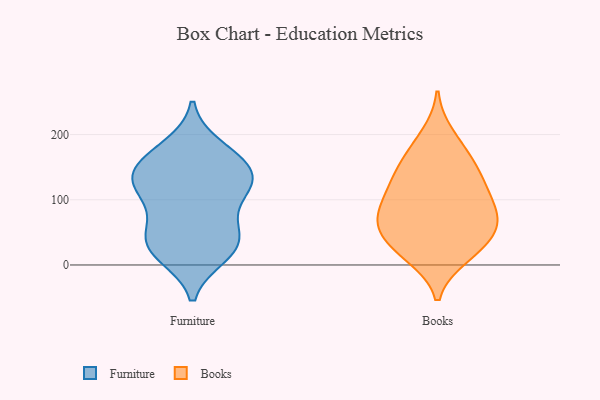
{"axis": {"x": "Tickets Resolved", "y": "Value"}, "legend": ["Books", "Furniture"], "data": [{"x": "", "y": 171, "type": "Furniture"}, {"x": "", "y": 47, "type": "Furniture"}, {"x": "", "y": 145, "type": "Furniture"}, {"x": "", "y": 181, "type": "Furniture"}, {"x": "", "y": 49, "type": "Furniture"}, {"x": "", "y": 119, "type": "Furniture"}, {"x": "", "y": 156, "type": "Furniture"}, {"x": "", "y": 25, "type": "Furniture"}, {"x": "", "y": 143, "type": "Furniture"}, {"x": "", "y": 86, "type": "Furniture"}, {"x": "", "y": 127, "type": "Furniture"}, {"x": "", "y": 15, "type": "Furniture"}, {"x": "", "y": 116, "type": "Furniture"}, {"x": "", "y": 121, "type": "Furniture"}, {"x": "", "y": 18, "type": "Furniture"}, {"x": "", "y": 43, "type": "Furniture"}, {"x": "", "y": 139, "type": "Books"}, {"x": "", "y": 172, "type": "Books"}, {"x": "", "y": 25, "type": "Books"}, {"x": "", "y": 161, "type": "Books"}, {"x": "", "y": 122, "type": "Books"}, {"x": "", "y": 55, "type": "Books"}, {"x": "", "y": 81, "type": "Books"}, {"x": "", "y": 92, "type": "Books"}, {"x": "", "y": 13, "type": "Books"}, {"x": "", "y": 72, "type": "Books"}, {"x": "", "y": 64, "type": "Books"}, {"x": "", "y": 109, "type": "Books"}, {"x": "", "y": 66, "type": "Books"}, {"x": "", "y": 18, "type": "Books"}, {"x": "", "y": 42, "type": "Books"}, {"x": "", "y": 199, "type": "Books"}, {"x": "", "y": 131, "type": "Books"}]}